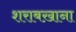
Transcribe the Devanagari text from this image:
शराबख़ाना